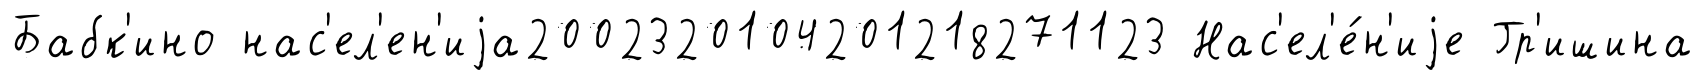
Бабк'ино нас'ел'ен'иjа2002320104201218271123 Нас'ел'е́н'иjе Гр'ишина